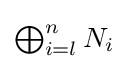
{\textstyle \bigoplus _{i=l}^{n}N_{i}}